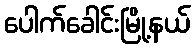
ပေါက်ခေါင်းမြို့နယ်